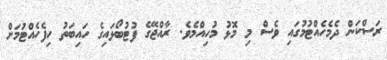
ރަސްކަން ދެމެހެއްޓުމުގައި ވެސް މި މޮޅު މުހިއްމެވެ. ރާއްޖޭގެ ފުޓުބޯޅައިގެ ހައިބަތު ހިފެހެއްޓުމަށް